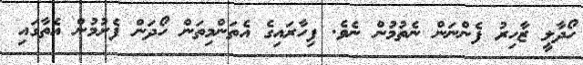
ހޯދާލީ ޒާހިރު ފެންނަން ނެތުމުން ނެވެ. ފިހާރައިގެ އެތަންމިތަން ހޯދަން ފެށުމުން އެތާގައި